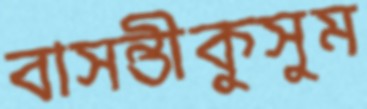
বাসন্তীকুসুম